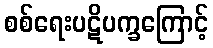
စစ်ရေးပဋိပက္ခကြောင့်